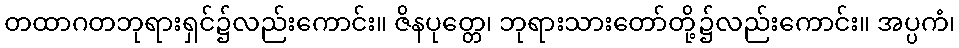
တထာဂတဘုရားရှင်၌လည်းကောင်း။ ဇိနပုတ္တေ၊ ဘုရားသားတော်တို့၌လည်းကောင်း။ အပ္ပကံ၊